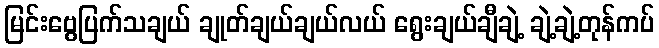
မြင်းဗွေပြက်သချယ် ချုတ်ချယ်ချယ်လယ် ရွေးချယ်ချီချဲ့ ချဲ့ချဲ့တုန်ကပ်